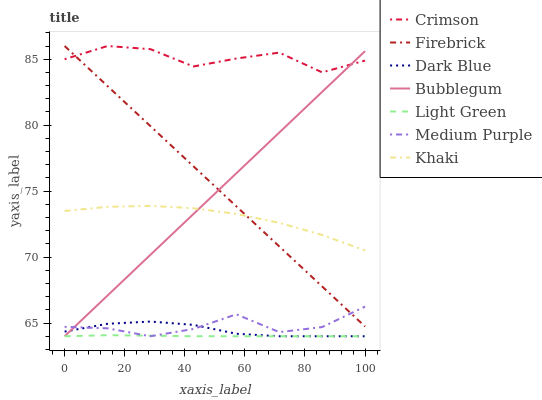
| xaxis_label | Crimson | Firebrick | Dark Blue | Bubblegum | Light Green | Medium Purple | Khaki |
 | --- | --- | --- | --- | --- | --- | --- | --- |
 | 0 | 85 | 86 | 64.4 | 64 | 64 | 64.7 | 73.5 |
 | 14.3 | 86 | 83 | 64.9 | 67.1 | 64.1 | 64.6 | 73.8 |
 | 28.6 | 85.8 | 79.9 | 65.1 | 70.2 | 64 | 64 | 73.9 |
 | 42.9 | 84.4 | 76.9 | 64.9 | 73.3 | 64 | 64.6 | 73.7 |
 | 57.1 | 85.1 | 73.8 | 64.2 | 76.4 | 64 | 65.7 | 73.3 |
 | 71.4 | 85.5 | 70.8 | 64 | 79.4 | 64 | 64.3 | 72.6 |
 | 85.7 | 84 | 67.8 | 64 | 82.5 | 64 | 64.7 | 71.7 |
 | 100 | 84.9 | 64.7 | 64 | 85.6 | 64 | 66.2 | 70.5 |